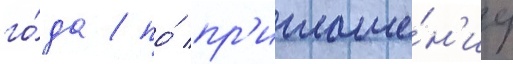
го́да / по́ пр'иглаше́н'иу